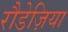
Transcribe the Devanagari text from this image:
रौडेज़िया